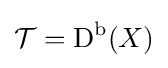
{\mathcal {T}}={\text{D}}^{\text{b}}(X)